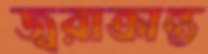
জ্বরাক্রান্ত